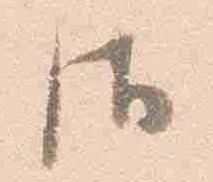
御